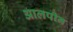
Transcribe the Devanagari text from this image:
आलपीन